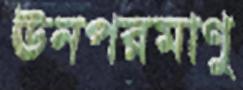
ঊনপরমাণু